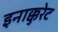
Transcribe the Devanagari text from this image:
इनाक्कुरेट